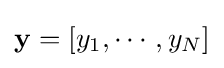
\mathbf {y} =\left[y_{1},\cdots ,y_{N}\right]